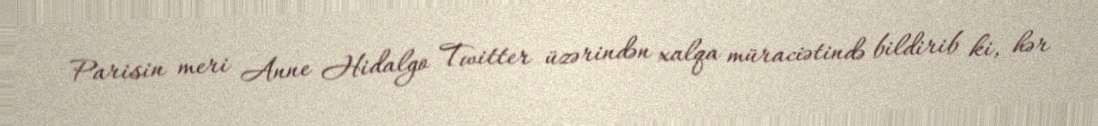
Parisin meri Anne Hidalgo Twitter üzərindən xalqa müraciətində bildirib ki, hər